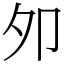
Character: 夘